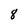
Character: 8